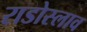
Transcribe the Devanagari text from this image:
राडोस्लाव